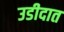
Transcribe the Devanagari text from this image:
उडीदात